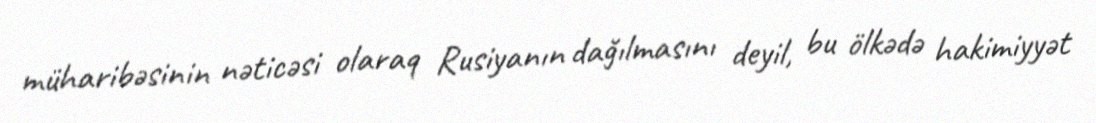
müharibəsinin nəticəsi olaraq Rusiyanın dağılmasını deyil, bu ölkədə hakimiyyət